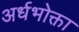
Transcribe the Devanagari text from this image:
अर्धभोक्ता